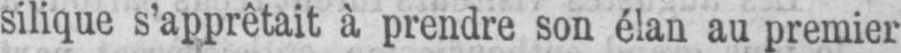
silique s’apprêtait à prendre son élan au premier